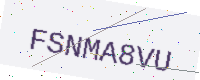
Text: FSNMA8VU